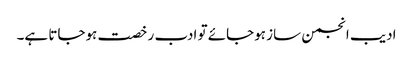
ادیب انجمن ساز ہوجائے تو ادب رخصت ہوجاتا ہے۔